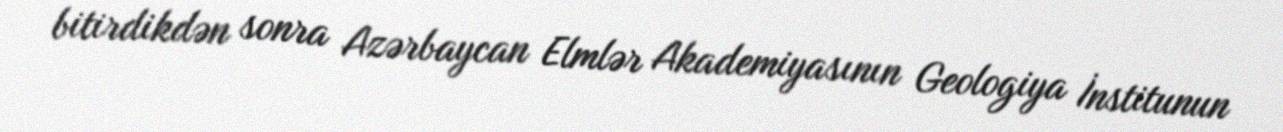
bitirdikdən sonra Azərbaycan Elmlər Akademiyasının Geologiya İnstitunun